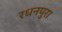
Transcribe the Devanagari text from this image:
रधनपुरा